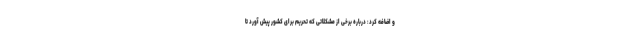
و اضافه کرد: درباره برخی از مشکلاتی که تحریم برای کشور پیش آورد تا